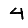
Digit: 4